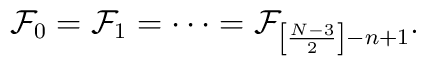
{\cal F}_0={\cal F}_1=\cdots ={\cal F}_{\left[ \frac{N-3}{2}\right]-n+1}.